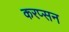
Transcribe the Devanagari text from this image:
करप्सन